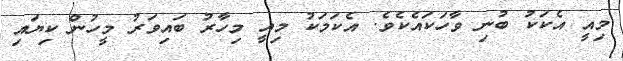
މިއީ އެކަކު ބުނި ވާހަކައެކެވެ. އެކަމަކު މިއީ މިހާރު ބައިވަރު މީހުން ކިޔައި